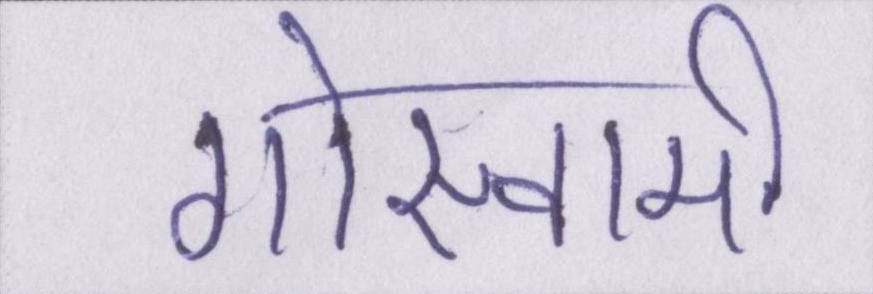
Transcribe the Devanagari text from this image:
गोस्वामी